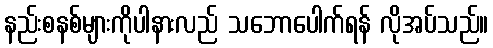
နည်းစနစ်များကိုပါနားလည် သဘောပေါက်ရန် လိုအပ်သည်။